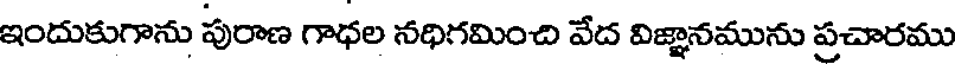
ఇందుకుగాను పురాణ గాధల నధిగమించి వేద విజ్ఞానమును ప్రచారము